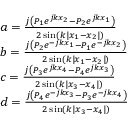
\begin{array} { r l } & { a = \frac { j \left( P _ { 1 } e ^ { j k x _ { 2 } } - P _ { 2 } e ^ { j k x _ { 1 } } \right) } { 2 \sin ( k | x _ { 1 } - x _ { 2 } | ) } } \\ & { b = \frac { j \left( P _ { 2 } e ^ { - j k x _ { 1 } } - P _ { 1 } e ^ { - j k x _ { 2 } } \right) } { 2 \sin ( k | x _ { 1 } - x _ { 2 } | ) } } \\ & { c = \frac { j \left( P _ { 3 } e ^ { j k x _ { 4 } } - P _ { 4 } e ^ { j k x _ { 3 } } \right) } { 2 \sin ( k | x _ { 3 } - x _ { 4 } | ) } } \\ & { d = \frac { j \left( P _ { 4 } e ^ { - j k x _ { 3 } } - P _ { 3 } e ^ { - j k x _ { 4 } } \right) } { 2 \sin ( k | x _ { 3 } - x _ { 4 } | ) } } \end{array}